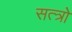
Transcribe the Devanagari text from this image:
सत्त्रो